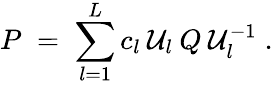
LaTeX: P\; =\; \sum_{l=1}^{L}c_{l}\: \mathcal{U}_{l}\: Q\: \mathcal{U}_{l}^{-1}\; .